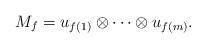
LaTeX: \begin{align*} M_f= u_{f(1)} \otimes \cdots \otimes u_{f(m)}.\end{align*}